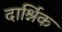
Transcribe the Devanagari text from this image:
दार्श्निक